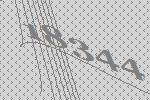
18344